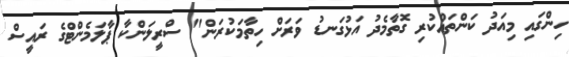
ހިންގައި މިއަދު ކަންތައްކުރި ގޮތާމެދު އަޅުގަނޑު ވަރަށް ހިތާމަކުރަން" ސްރީލަންކާ ޕާލަމެންޓްގެ ރައީސް